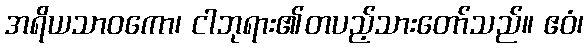
အရိယသာဝကော၊ ငါဘုရား၏တပည့်သားတော်သည်။ ဧဝံ၊